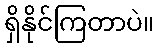
ရှိနိုင်ကြတာပဲ။